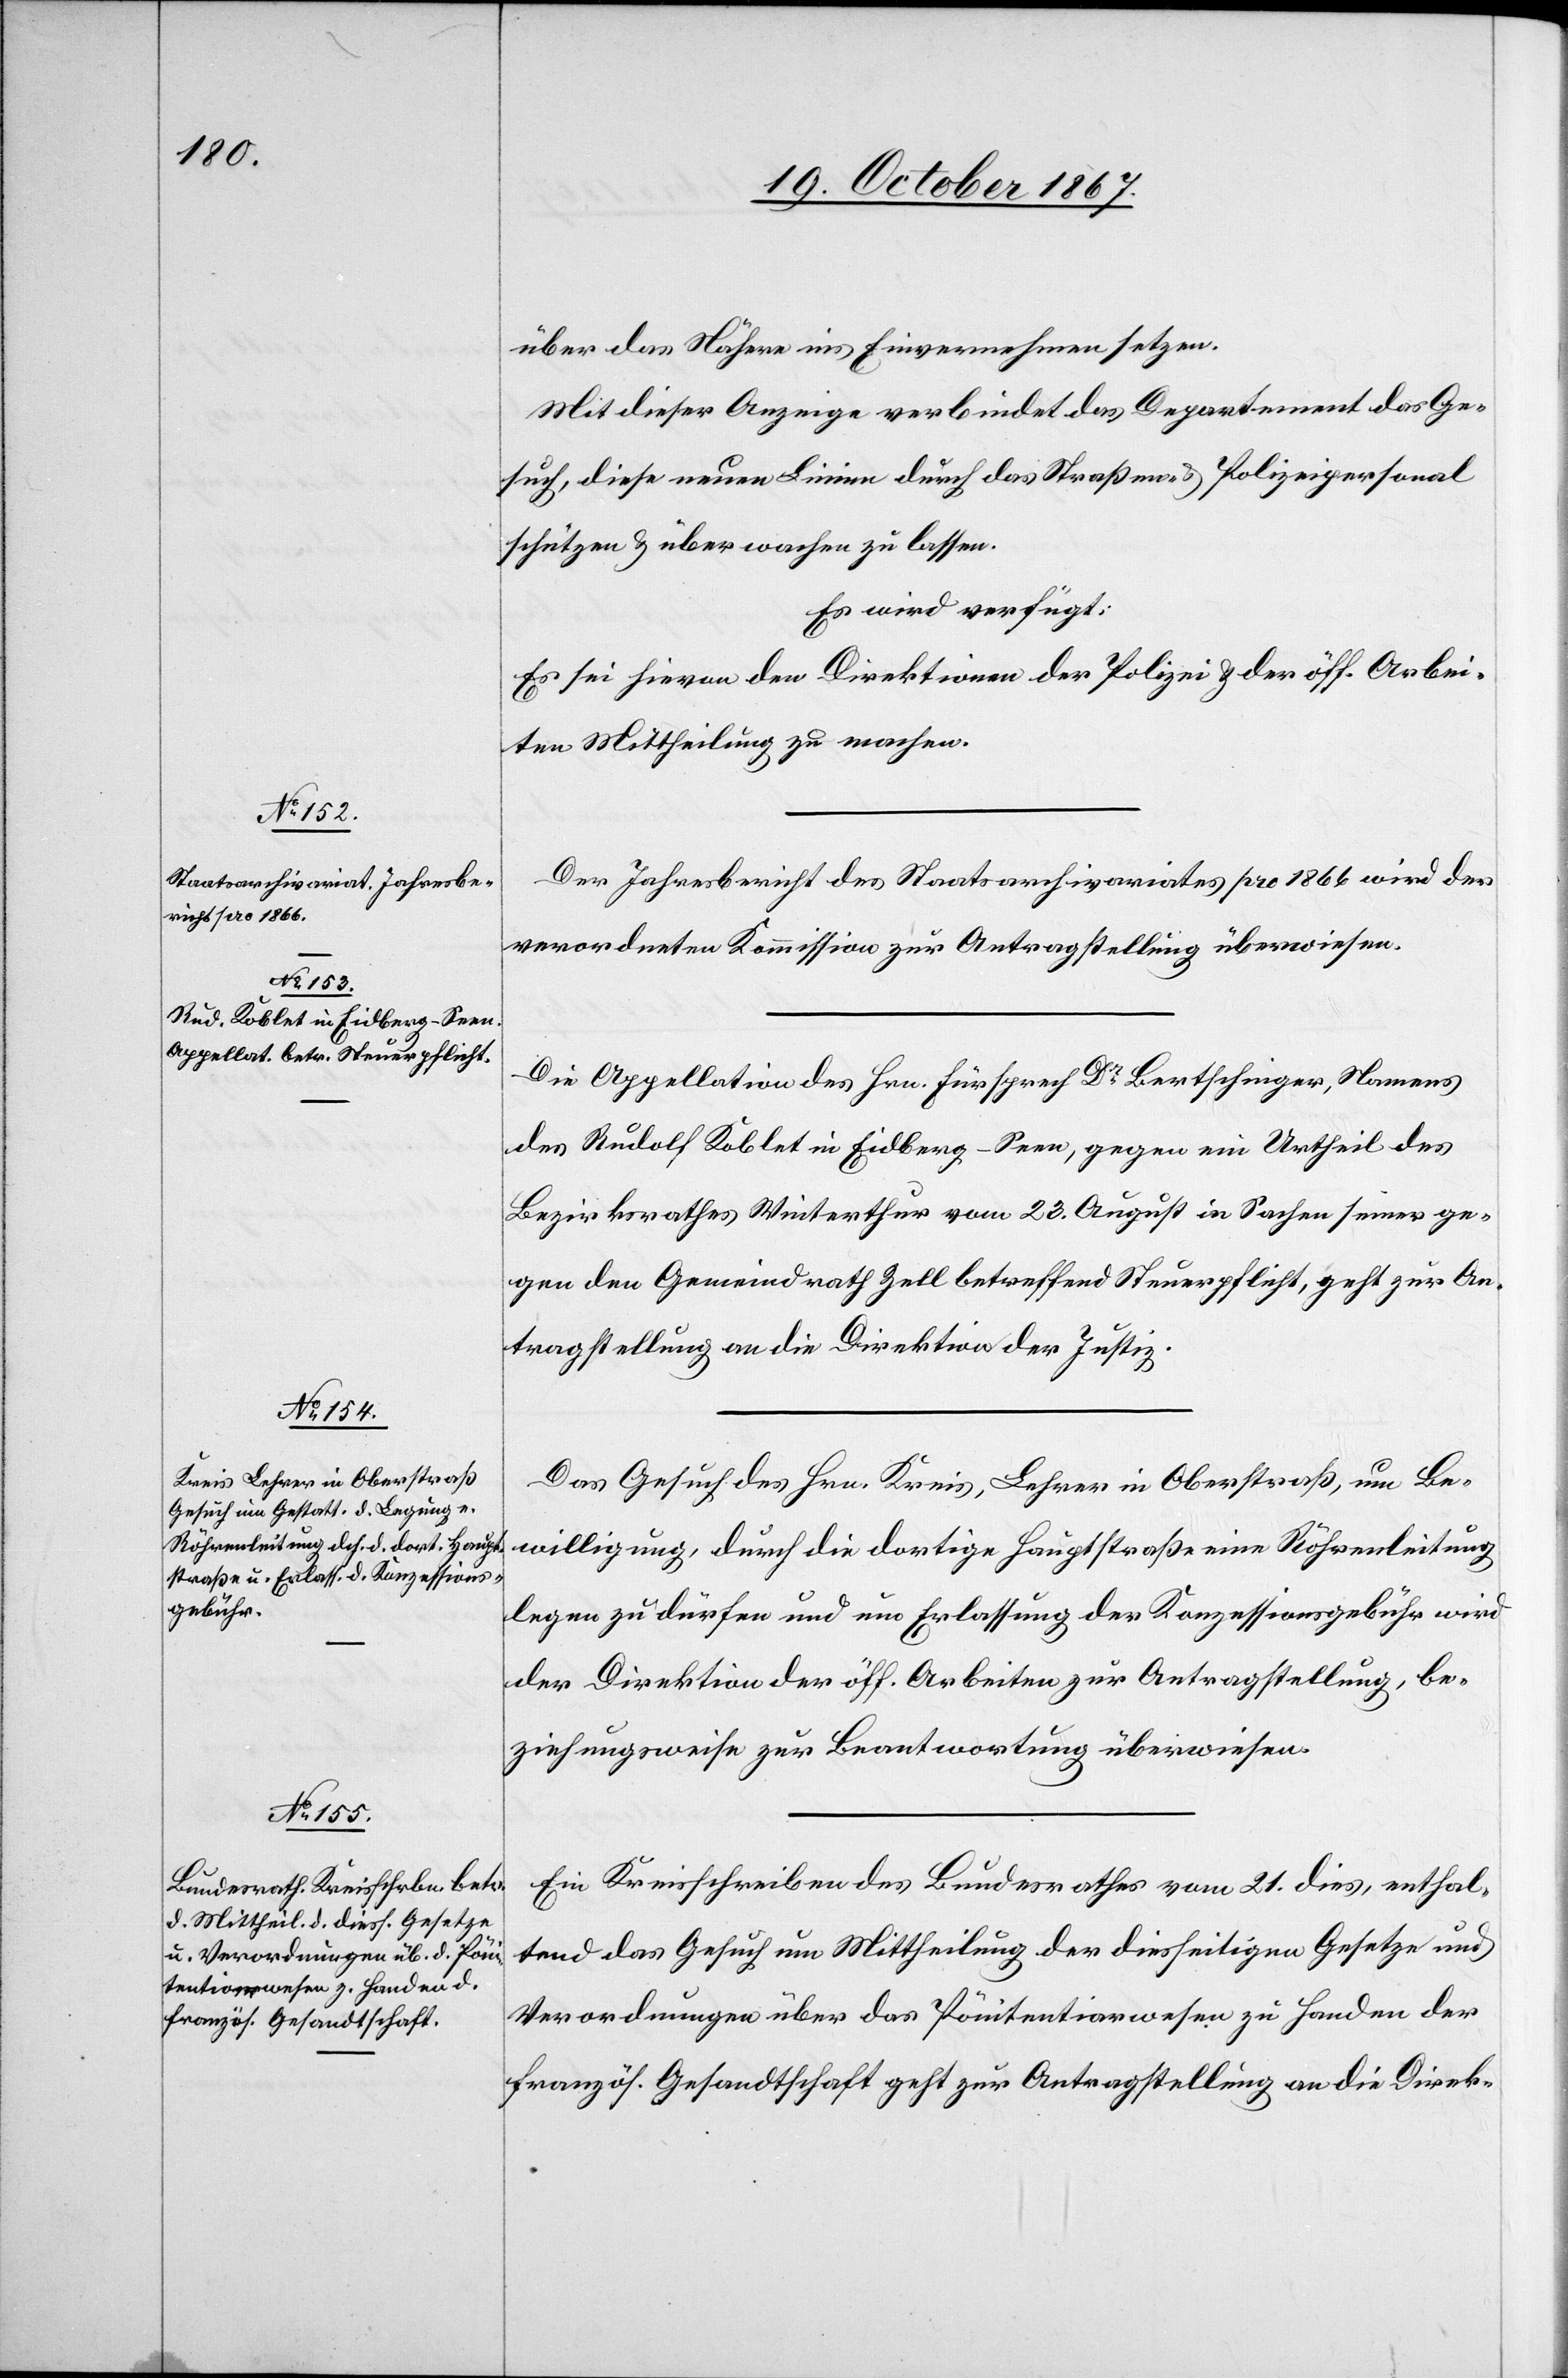
23. October 1867.]
über das Nähere ins Einvernehmen setzen.
Mit dieser Anzeige verbindet das Departement das Ge¬
such, diese neuen Linien durch das Straßen u. Polizeipersonal
schützen u. über wachen zu lassen.
Es wird verfügt:
Es sei hievon den Direktionen der Polizei u. der öff. Arbei¬
ten Mittheilung zu machen.
Der Jahresbericht des Staatsarchivariates pro 1866 wird der
verordneten Kommission zur Antragstellung überwiesen.
Die Appellation des Hrn. Fürsprech Dr Bertschinger, Namens
des Rudolf Koblet in Eidber-Seen, gegen ein Urtheil des
Bezirksrathes Winterthur vom 23. August in Sachen seiner ge¬
gen den Gemeindrath Zell betreffend Steuerpflicht, geht zur An¬
tragstellung an die Direktion der Justiz.
Das Gesuch des Hrn. Kreis, Lehrer in Oberstraß, um Be¬
willigung, durch die dortige Hauptstraße eine Röhrenleitung
legen zu dürfen und um Erlassung der Konzessionsgebühr wird
der Direktion der öff. Arbeiten zur Antragstellung, be¬
ziehungsweise zur Beantwortung überwiesen.
Ein Kreisschreiben des Bundesrathes vom 21. dies, enthal¬
tend das Gesuch um Mittheilung der diesseitigen Gesetze und
Verordnungen über das Pönitentiarwesen zu Handen der
französ. Gesandtschaft geht zur Antragstellung an die Direk-